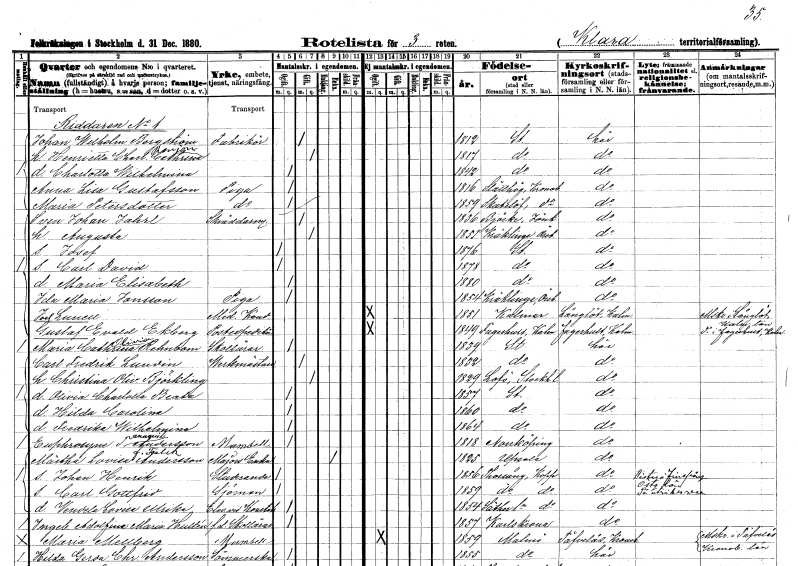
gt_parse: households: individuals: FN: Johan Wilhelm
EN: Bergström
YRKE: Fabrikör
KON: M
CIV: G
FODAR: 1812
FODFORS: Stockholm
FN: Henrietta Charlotta Cathrina
EN: Ronjon??
KON: K
CIV: G
FODAR: 1817
FODFORS: Stockholm
FN: Charlotta Wilhelmina
KON: K
CIV: O
FODAR: 1842
FODFORS: Stockholm
FN: Anna Lisa
EN: Gustafsson
YRKE: Piga
KON: K
CIV: O
FODAR: 1816
FODFORS: Slätthög Kronobergs län
FN: Maria
EN: Petersdotter
YRKE: Piga
KON: K
CIV: O
FODAR: 1859
FODFORS: Skatelöv Kronobergs län
FN: Sven Johan
EN: Jahrl
YRKE: Skräddaregesäll
KON: M
CIV: G
FODAR: 1836
FODFORS: Björkö Jönköpings län
FN: Augusta
KON: K
CIV: G
FODAR: 1851
FODFORS: Kräcklinge Örebro län
FN: Josef
KON: M
CIV: O
FODAR: 1876
FODFORS: Stockholm
FN: Carl David
KON: M
CIV: O
FODAR: 1878
FODFORS: Stockholm
FN: Maria Elisabeth
KON: K
CIV: O
FODAR: 1880
FODFORS: Stockholm
FN: Ida Maria
EN: Jonsson
YRKE: Piga
KON: K
CIV: O
FODAR: 1854
FODFORS: Kräcklinge Örebro län
FN: Joel
EN: Lunell
YRKE: Medicine kandidat
KON: M
CIV: O
FODAR: 1851
FODFORS: Kalmar Kalmar län
FN: Gustaf Evald
EN: Ekberg
YRKE: Postexpeditör
KON: M
CIV: O
FODAR: 1849
FODFORS: Fagerhult Kalmar län
FN: Maria Cathrina Olivia
EN: Rehnbom
YRKE: Skollärare
KON: K
CIV: O
FODAR: 1839
FODFORS: Stockholm
FN: Carl Fredrik
EN: Lundin
YRKE: Verkmästare
KON: M
CIV: G
FODAR: 1832
FODFORS: Stockholm
FN: Christina Olivia
EN: Björkling
KON: K
CIV: G
FODAR: 1829
FODFORS: Lovö Stockholms län
FN: Olivia Charlotta Beata
KON: K
CIV: O
FODAR: 1857
FODFORS: Stockholm
FN: Hilda Carolina
KON: K
CIV: O
FODAR: 1860
FODFORS: Stockholm
FN: Fredrika Wilhelmina
KON: K
CIV: O
FODAR: 1864
FODFORS: Stockholm
FN: Euphrosyne Tanaqville
EN: Andersson
KON: K
CIV: O
FODAR: 1818
FODFORS: Norrköping Östergötlands län
FN: Märtha Lovisa
EN: Andersson Falck
YRKE: Majorsänka
KON: K
CIV: E
FODAR: 1825
FODFORS: Uppsala Uppsala län
FN: Johan Henrik
YRKE: Studerande
KON: M
CIV: O
FODAR: 1856
FODFORS: Torsång Kopparbergs län
FN: Carl Gottfrid
YRKE: Sjöman
KON: M
CIV: O
FODAR: 1859
FODFORS: Torsång Kopparbergs län
FN: Vendela Lovisa Ulrika
YRKE: Konststuderande
KON: K
CIV: O
FODAR: 1854
FODFORS: Säter Kopparbergs län
FN: Ingeborg Adolfina Maria
EN: Hultén
YRKE: Skollärarinna f.d.
KON: K
CIV: O
FODAR: 1857
FODFORS: Karlskrona Blekinge län
FN: Maria
EN: Mellberg
KON: K
CIV: O
FODAR: 1859
FODFORS: Malmö Malmöhus län
FN: Hilda Gerda Christina
EN: Andersson
YRKE: Sömmerska
KON: K
CIV: O
FODAR: 1855
FODFORS: Malmö Malmöhus län